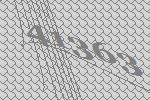
41363